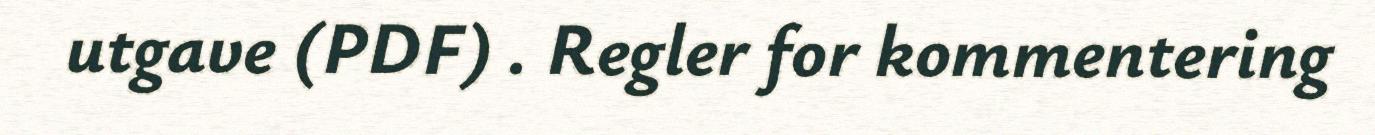
utgave (PDF) . Regler for kommentering